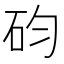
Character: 𥐩